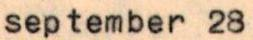
september 28